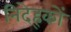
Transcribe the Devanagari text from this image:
निदेह्कों